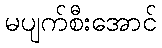
မပျက်စီးအောင်